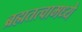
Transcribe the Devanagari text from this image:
ब्रह्मतत्वामध्ये